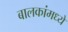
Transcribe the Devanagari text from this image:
बालकांमध्ये